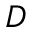
D